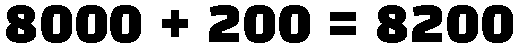
8000 + 200 = 8200